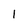
Character: 1